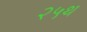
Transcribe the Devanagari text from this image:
२५थ